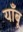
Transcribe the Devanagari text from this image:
याँबू